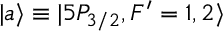
| a \rangle \equiv | 5 P _ { 3 / 2 } , F ^ { \prime } = 1 , 2 \rangle